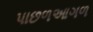
પાછળઆગળ